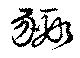
豭